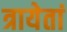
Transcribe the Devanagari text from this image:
त्रायेतां